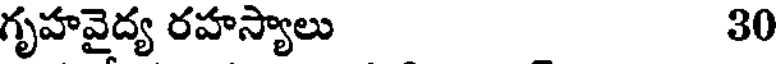
గృహవైద్య రహస్యాలు 30